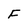
Character: F